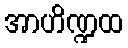
အာဟိဏ္ဍထ